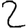
Digit: 2